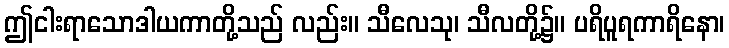
ဤငါးရာသောဒါယကာတို့သည် လည်း။ သီလေသု၊ သီလတို့၌။ ပရိပူရကာရိနော၊